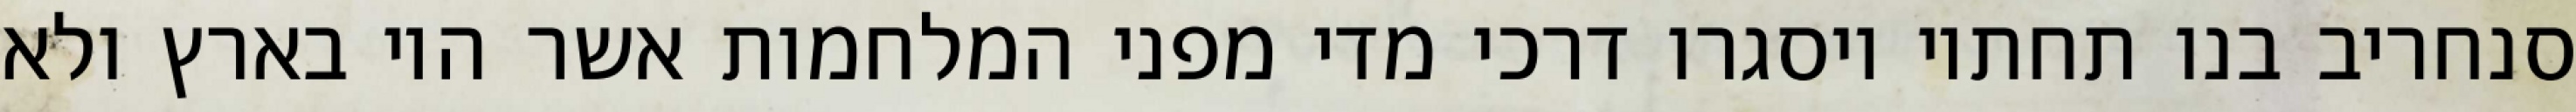
סנחריב בנו תחתיו ויסגרו דרכי מדי מפני המלחמות אשר היו בארץ ולא